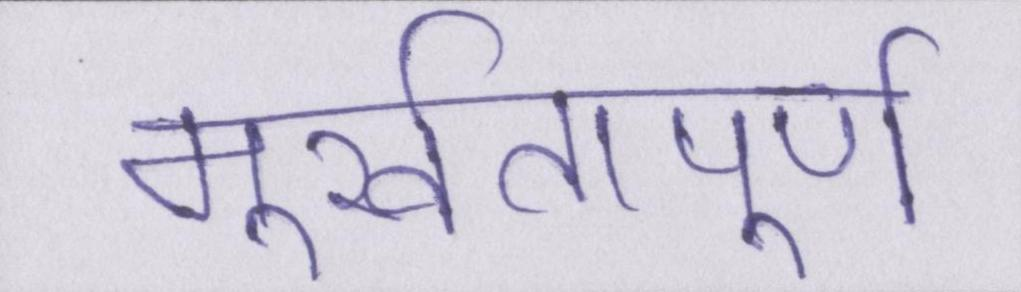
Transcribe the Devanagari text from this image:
मूर्खतापूर्ण